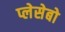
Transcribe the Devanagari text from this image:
प्लेसेबो